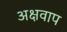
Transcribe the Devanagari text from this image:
अक्षवाप